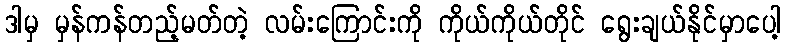
ဒါမှ မှန်ကန်တည့်မတ်တဲ့ လမ်းကြောင်းကို ကိုယ်ကိုယ်တိုင် ရွေးချယ်နိုင်မှာပေါ့